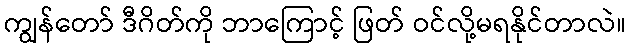
ကျွန်တော် ဒီဂိတ်ကို ဘာကြောင့် ဖြတ် ဝင်လို့မရနိုင်တာလဲ။